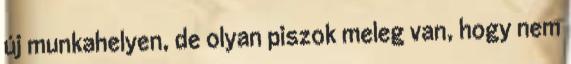
új munkahelyen, de olyan piszok meleg van, hogy nem